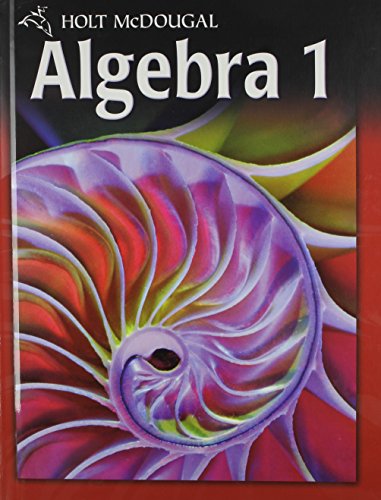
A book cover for Holt McDougal Algebra 1; Edward B. Burger; Teen & Young Adult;